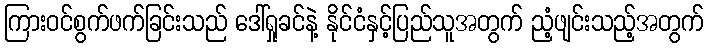
ကြားဝင်စွက်ဖက်ခြင်းသည် ဒေါ်ရှုခင်နဲ့ နိုင်ငံနှင့်ပြည်သူအတွက် ညံ့ဖျင်းသည့်အတွက်